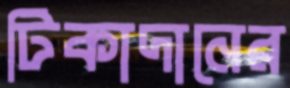
টিকাদানের